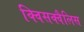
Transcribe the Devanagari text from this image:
क्विसक्वैलिस